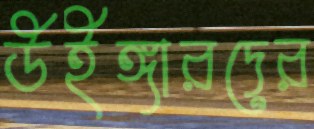
উইঙ্গারদের